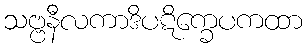
သဗ္ဗနီလကာဒိပဋိက္ခေပကထာ